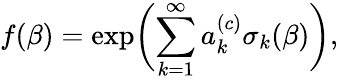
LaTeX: f(\beta)=\exp\biggl(\sum_{k=1}^{\infty}a_{k}^{(c)}\sigma_{k}(\beta)\biggr),